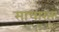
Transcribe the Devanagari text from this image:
साधारतः